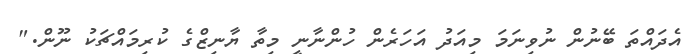
އެދައްތަ ބޭނުން ނުވިނަމަ މިއަދު އަހަރެން ހުންނާނީ މިތާ ޔާނިޒްގެ ކުރިމައްޗަކު ނޫން."